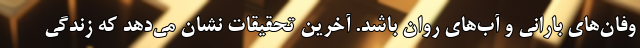
وفان‌های بارانی و آب‌های روان باشد. آخرین تحقیقات نشان می‌دهد که زندگی